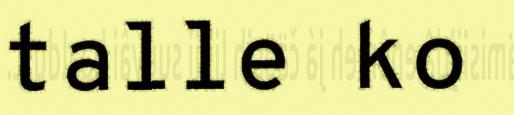
talle ko